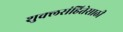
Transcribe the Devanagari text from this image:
शुक्लसंहितेसाठी